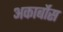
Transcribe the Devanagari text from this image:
अकार्बोस